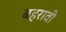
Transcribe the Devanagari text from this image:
बहरावी